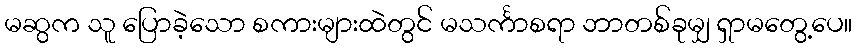
မဆွက သူ ပြောခဲ့သော စကားများထဲတွင် မသင်္ကာစရာ ဘာတစ်ခုမျှ ရှာမတွေ့ပေ။